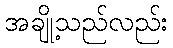
အချို့သည်လည်း